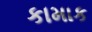
કામાક